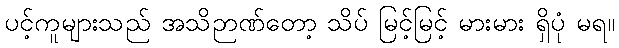
ပင့်ကူများသည် အသိဉာဏ်တော့ သိပ် မြင့်မြင့် မားမား ရှိပုံ မရ။